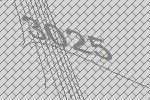
3025